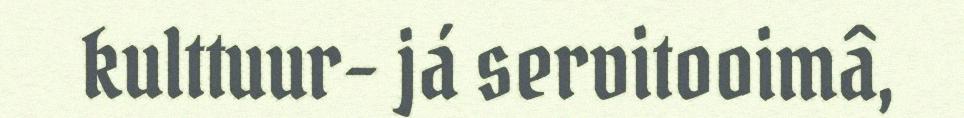
kulttuur- já servitooimâ,